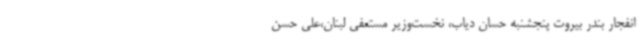
انفجار بندر بیروت پنجشنبه حسان دیاب، نخست‌وزیر مستعفی لبنان،علی حسن